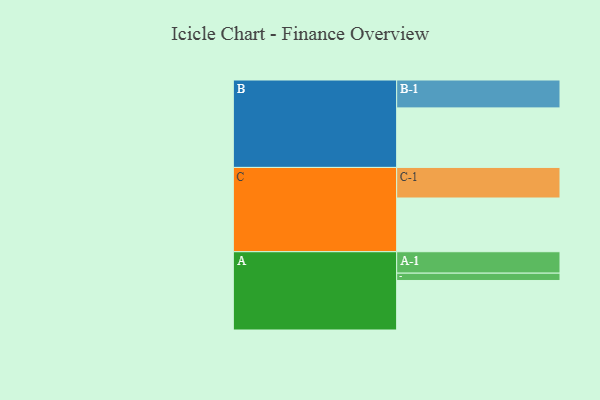
{"axis": {"x": "Segment", "y": "Value"}, "legend": ["", "A", "B", "C"], "data": [{"x": "A", "y": 460, "type": ""}, {"x": "B", "y": 553, "type": ""}, {"x": "C", "y": 499, "type": ""}, {"x": "A-1", "y": 199, "type": "A"}, {"x": "A-2", "y": 68, "type": "A"}, {"x": "B-1", "y": 259, "type": "B"}, {"x": "C-1", "y": 284, "type": "C"}]}